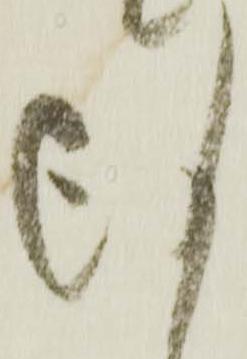
謹